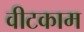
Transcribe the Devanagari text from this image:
वीटकाम